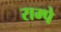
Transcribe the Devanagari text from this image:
राम्पे